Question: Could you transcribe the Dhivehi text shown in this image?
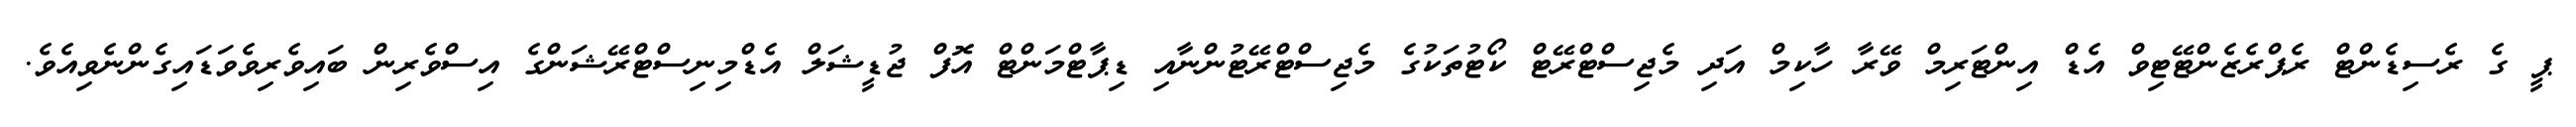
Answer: ޕީ ގެ ރެސިޑެންޓް ރެޕްރެޒެންޓޭޓިވް އެޑް އިންޓަރިމް ވޭރާ ހާކިމް އަދި މެޖިސްޓްރޭޓް ކޯޓުތަކުގެ މެޖިސްޓްރޭޓުންނާއި ޑިޕާޓްމަންޓް އޮފް ޖުޑީޝަލް އެޑްމިނިސްޓްރޭޝަންގެ އިސްވެރިން ބައިވެރިވެވަޑައިގެންނެވިއެވެ.